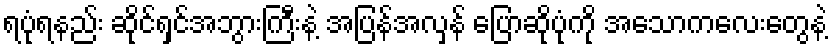
ရပုံရနည်း ဆိုင်ရှင်အဘွားကြီးနဲ့ အပြန်အလှန် ပြောဆိုပုံကို အသောကလေးတွေနဲ့